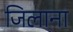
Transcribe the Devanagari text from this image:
जिलाना